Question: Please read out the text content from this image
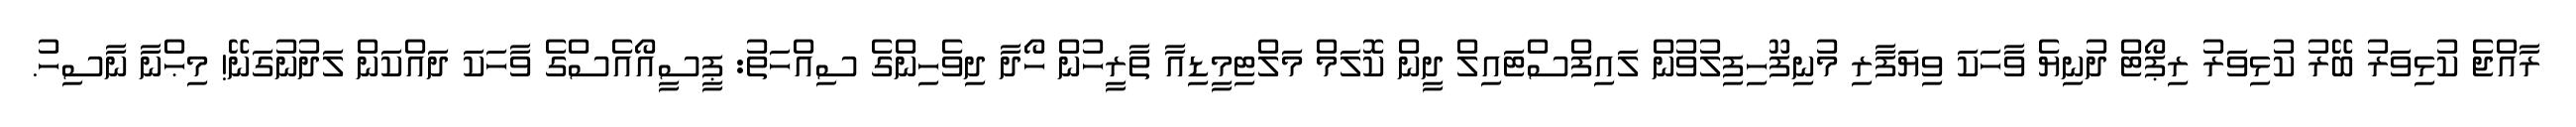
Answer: ރާއްޖެ ކުޅިވަރު ބޭރު ކުޅިވަރު ރިޕޯޓް ދުނިޔެ ވާހަކަ ވިޔަފާރި މުނިފޫހިފިލުވުން ލައިފްސްޓައިލް ދީން ކޮލަމް މަލްޓިމީޑިއާ ތާރީހުން ހޯދާ ދިވެހިންގެ ސިއްހަތު: ޕީސީއޯއެސްގެ ވާހަކަ ދައްކަން ލަދުނުގަނޭ! މިޙްނާ ނާސިހު.